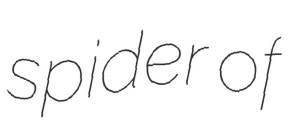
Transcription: spider of